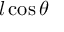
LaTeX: l \cos \theta